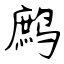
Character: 鹧